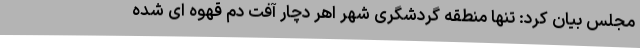
مجلس بیان کرد: تنها منطقه گردشگری شهر اهر دچار آفت دم قهوه ای شده